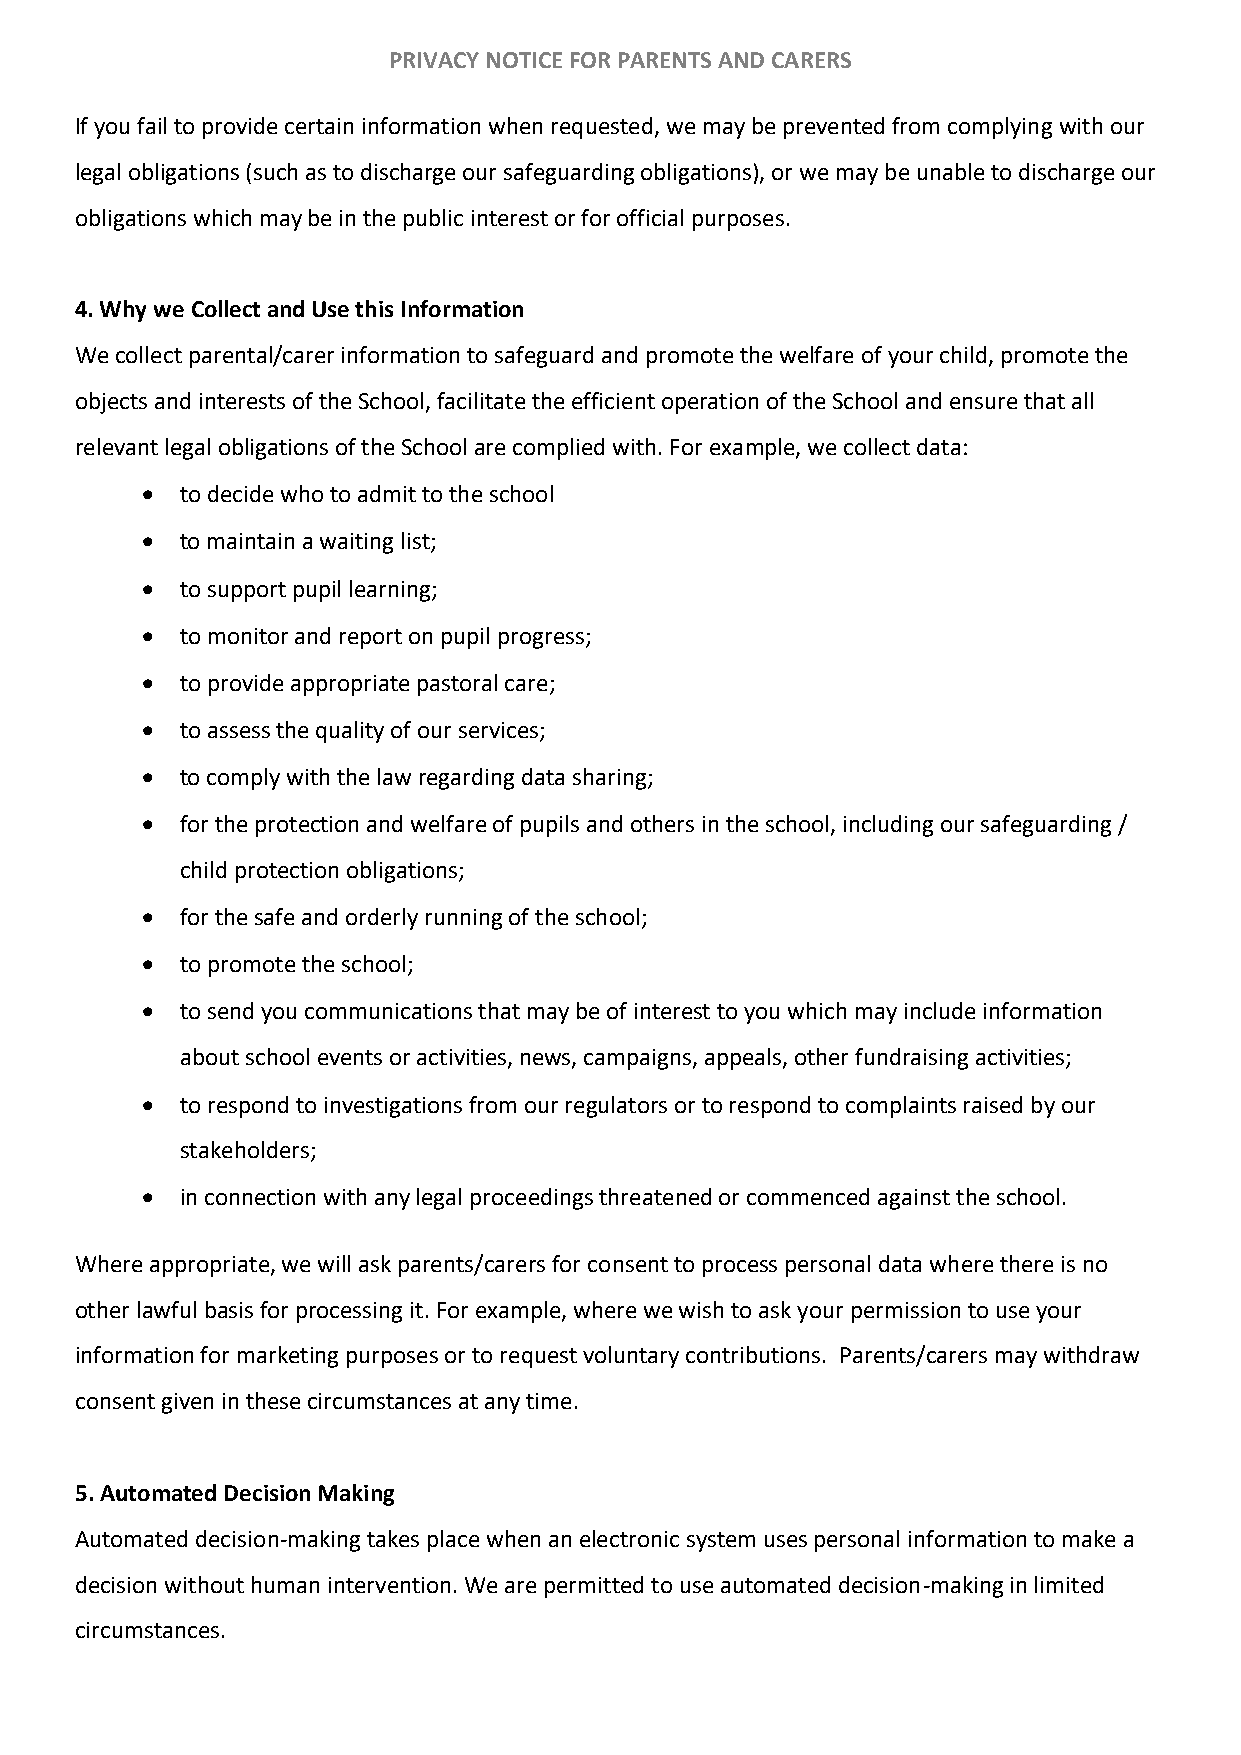
PRIVACY NOTICE FOR PARENTS AND CARERS
 If you fail to provide certain information when requested, we may be prevented from complying with our
 legal obligations (such as to discharge our safeguarding obligations), or we may be unable to discharge our
 obligations which may be in the public interest or for official purposes.
 4. Why we Collect and Use this Information
 We collect parental/carer information to safeguard and promote the welfare of your child, promote the
 objects and interests of the School, facilitate the efficient operation of the School and ensure that all
 relevant legal obligations of the School are complied with. For example, we collect data:
 •  to decide who to admit to the school
 •  to maintain a waiting list;
 •  to support pupil learning;
 •  to monitor and report on pupil progress;
 •  to provide appropriate pastoral care;
 •  to assess the quality of our services;
 •  to comply with the law regarding data sharing;
 •  for the protection and welfare of pupils and others in the school, including our safeguarding /
 child protection obligations;
 •  for the safe and orderly running of the school;
 •  to promote the school;
 •  to send you communications that may be of interest to you which may include information
 about school events or activities, news, campaigns, appeals, other fundraising activities;
 •  to respond to investigations from our regulators or to respond to complaints raised by our
 stakeholders;
 •  in connection with any legal proceedings threatened or commenced against the school.
 Where appropriate, we will ask parents/carers for consent to process personal data where there is no
 other lawful basis for processing it. For example, where we wish to ask your permission to use your
 information for marketing purposes or to request voluntary contributions. Parents/carers may withdraw
 consent given in these circumstances at any time.
 5. Automated Decision Making
 Automated decision-making takes place when an electronic system uses personal information to make a
 decision without human intervention. We are permitted to use automated decision-making in limited
 circumstances.